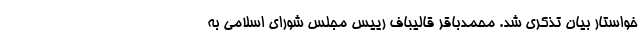
خواستار بیان تذکری شد. محمدباقر قالیباف رییس مجلس شورای اسلامی به